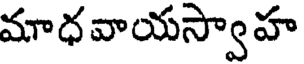
మాధవాయస్వాహ